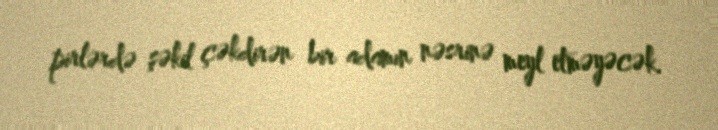
pirlərdə şəkil çəkdirən bir adamın nəsrinə meyl etməyəcək.